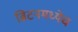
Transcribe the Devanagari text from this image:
ब्रिटनमध्येच